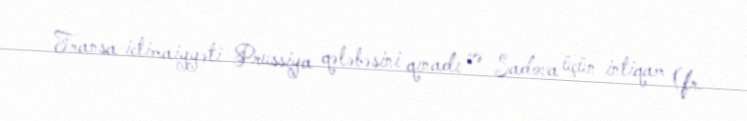
Fransa ictimaiyyəti Prussiya qələbəsini qınadı və Sadova üçün intiqam (fr.